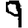
Digit: 9